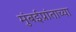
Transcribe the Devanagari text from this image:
मुंबईप्रांताच्या